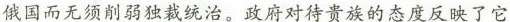
俄国而无须削弱独裁统治。政府对待贵族的态度反映了它